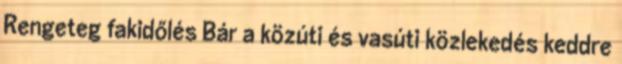
Rengeteg fakidőlés Bár a közúti és vasúti közlekedés keddre